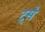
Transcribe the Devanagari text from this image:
ट्से